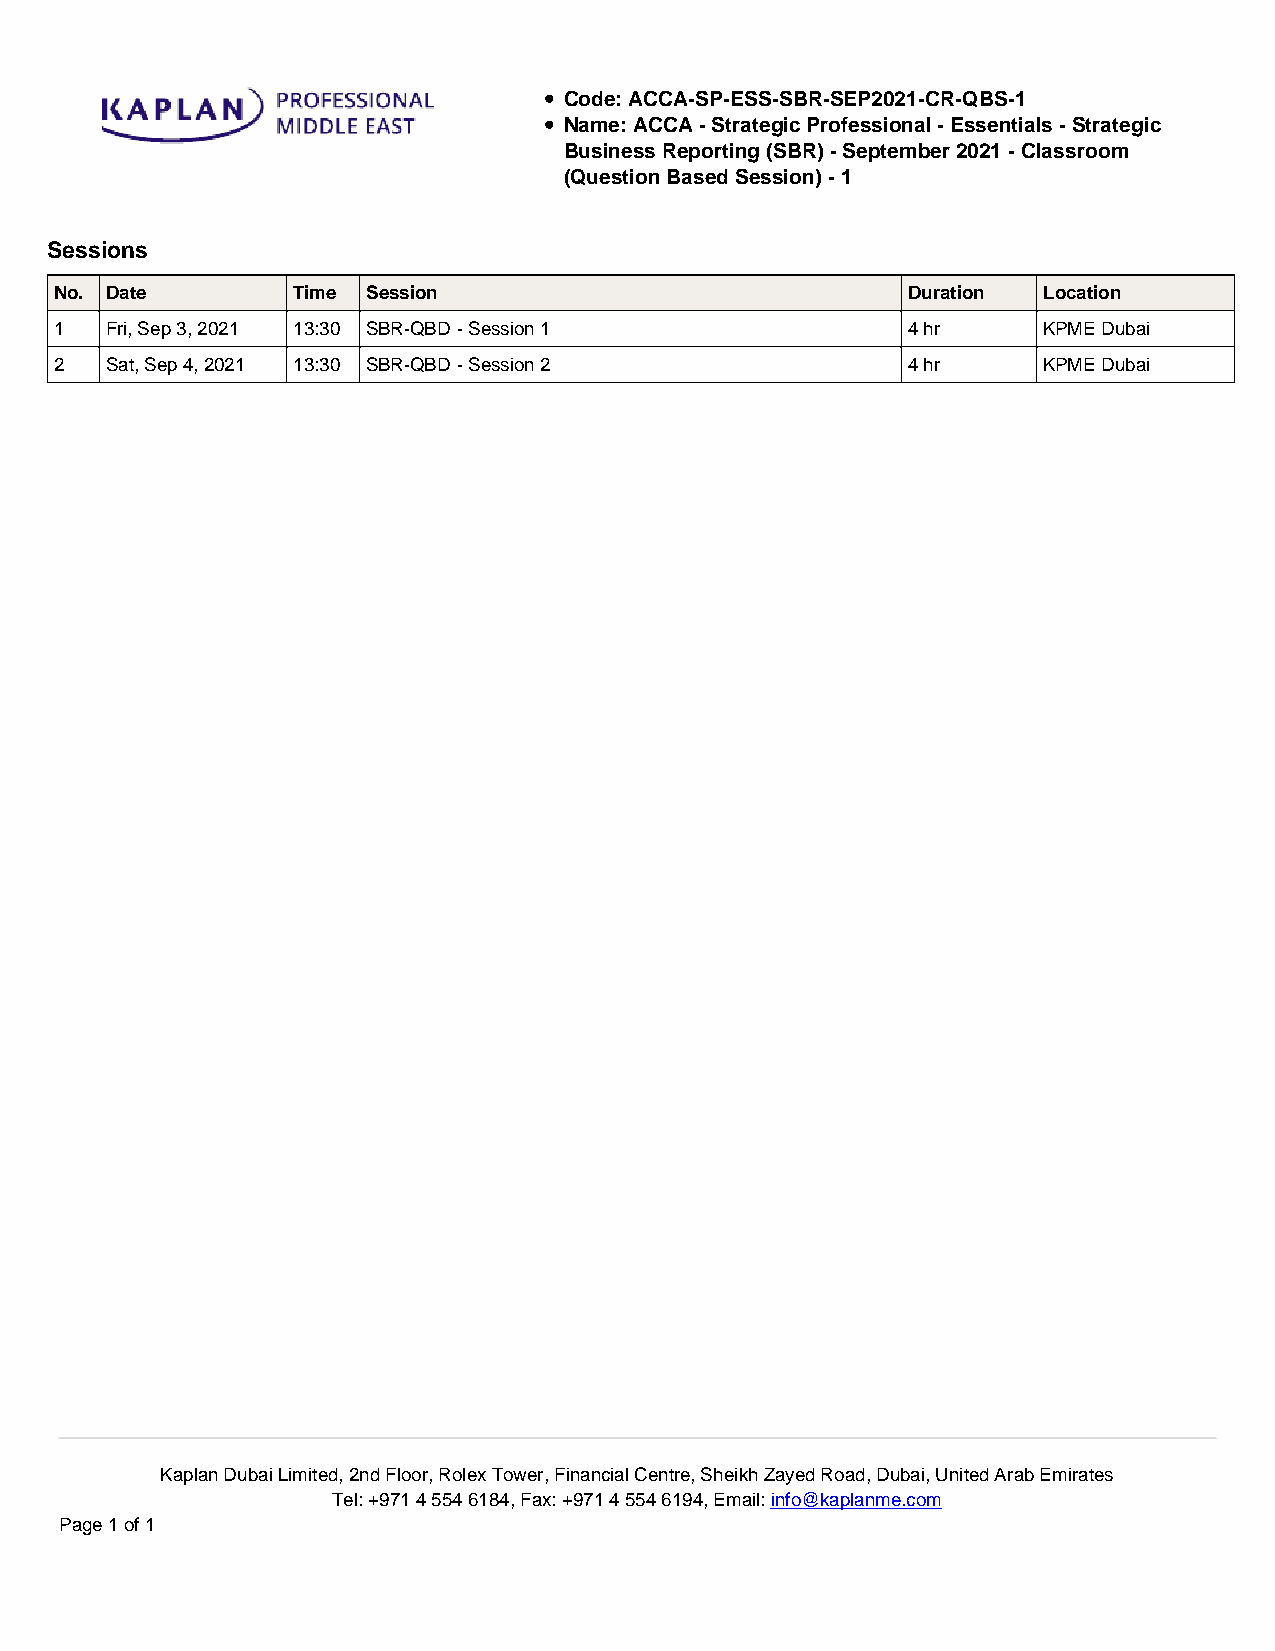
Code: ACCA-SP-ESS-SBR-SEP2021-CR-QBS-1
 Name: ACCA - Strategic Professional - Essentials - Strategic
 Business Reporting (SBR) - September 2021 - Classroom
 (Question Based Session) - 1
 Sessions
 No. Date       Time Session                             Duration Location
 1  Fri, Sep 3, 2021 13:30 SBR-QBD - Session 1           4 hr     KPME Dubai
 2  Sat, Sep 4, 2021 13:30 SBR-QBD - Session 2           4 hr     KPME Dubai
 Kaplan Dubai Limited, 2nd Floor, Rolex Tower, Financial Centre, Sheikh Zayed Road, Dubai, United Arab Emirates
 Tel: +971 4 554 6184, Fax: +971 4 554 6194, Email: info@kaplanme.com
 Page 1 of 1